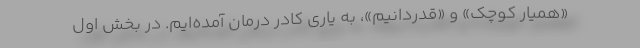
«همیار کوچک» و «قدردانیم»، به یاری کادر درمان آمده‌ایم. در بخش اول